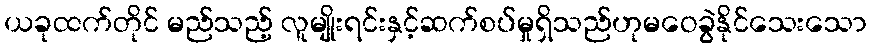
ယခုထက်တိုင် မည်သည့် လူမျိုးရင်းနှင့်ဆက်စပ်မှုရှိသည်ဟုမဝေခွဲနိုင်သေးသော